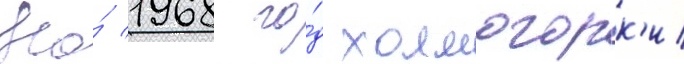
На́ 1968 го́д холмогорк'и